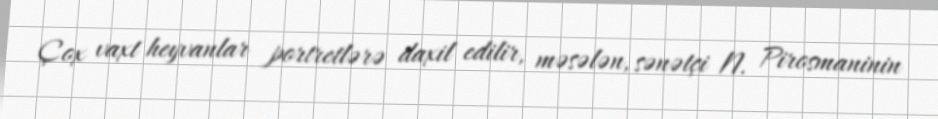
Çox vaxt heyvanlar portretlərə daxil edilir, məsələn, sənətçi N. Pirosmaninin